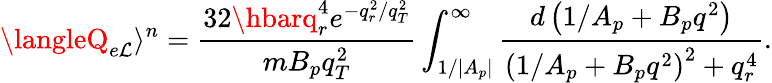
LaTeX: \langleQ_{e\mathcal{L}}\rangle^{n}=\frac{{32\hbarq_{r}^{4}e^{-q_{r}^{2}/q_{T}^{2}}}}{{mB_{p}q_{T}^{2}}}\int_{1/{|A_{p}|}}^{\infty}{\frac{{d\left(1/A_{p}+B_{p}q^{2}\right)}}{{{\left(1/A_{p}+B_{p}q^{2}\right)}^{2}+q_{r}^{4}}}}.